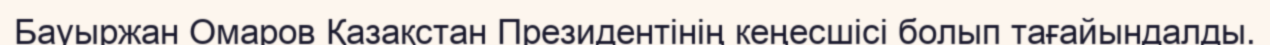
Бауыржан Омаров Қазақстан Президентінің кеңесшісі болып тағайындалды.